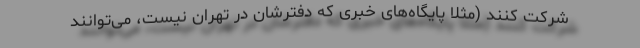
شرکت کنند (مثلا پایگاه‌های خبری که دفترشان در تهران نیست، می‌توانند